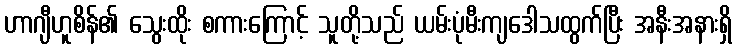
ဟာဂျီဟူစိန်၏ သွေးထိုး စကားကြောင့် သူတို့သည် ယမ်းပုံမီးကျဒေါသထွက်ပြီး အနီးအနားရှိ